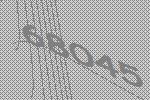
68045